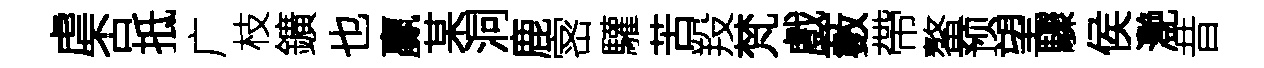
虐否抵广枝鑛也贏某洞鹿宻驩苦羖梵戲藪帶鳌预望驟侯灧昔